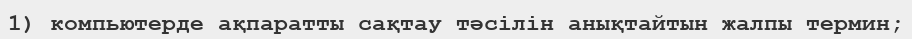
1) компьютерде ақпаратты сақтау тәсілін анықтайтын жалпы термин;